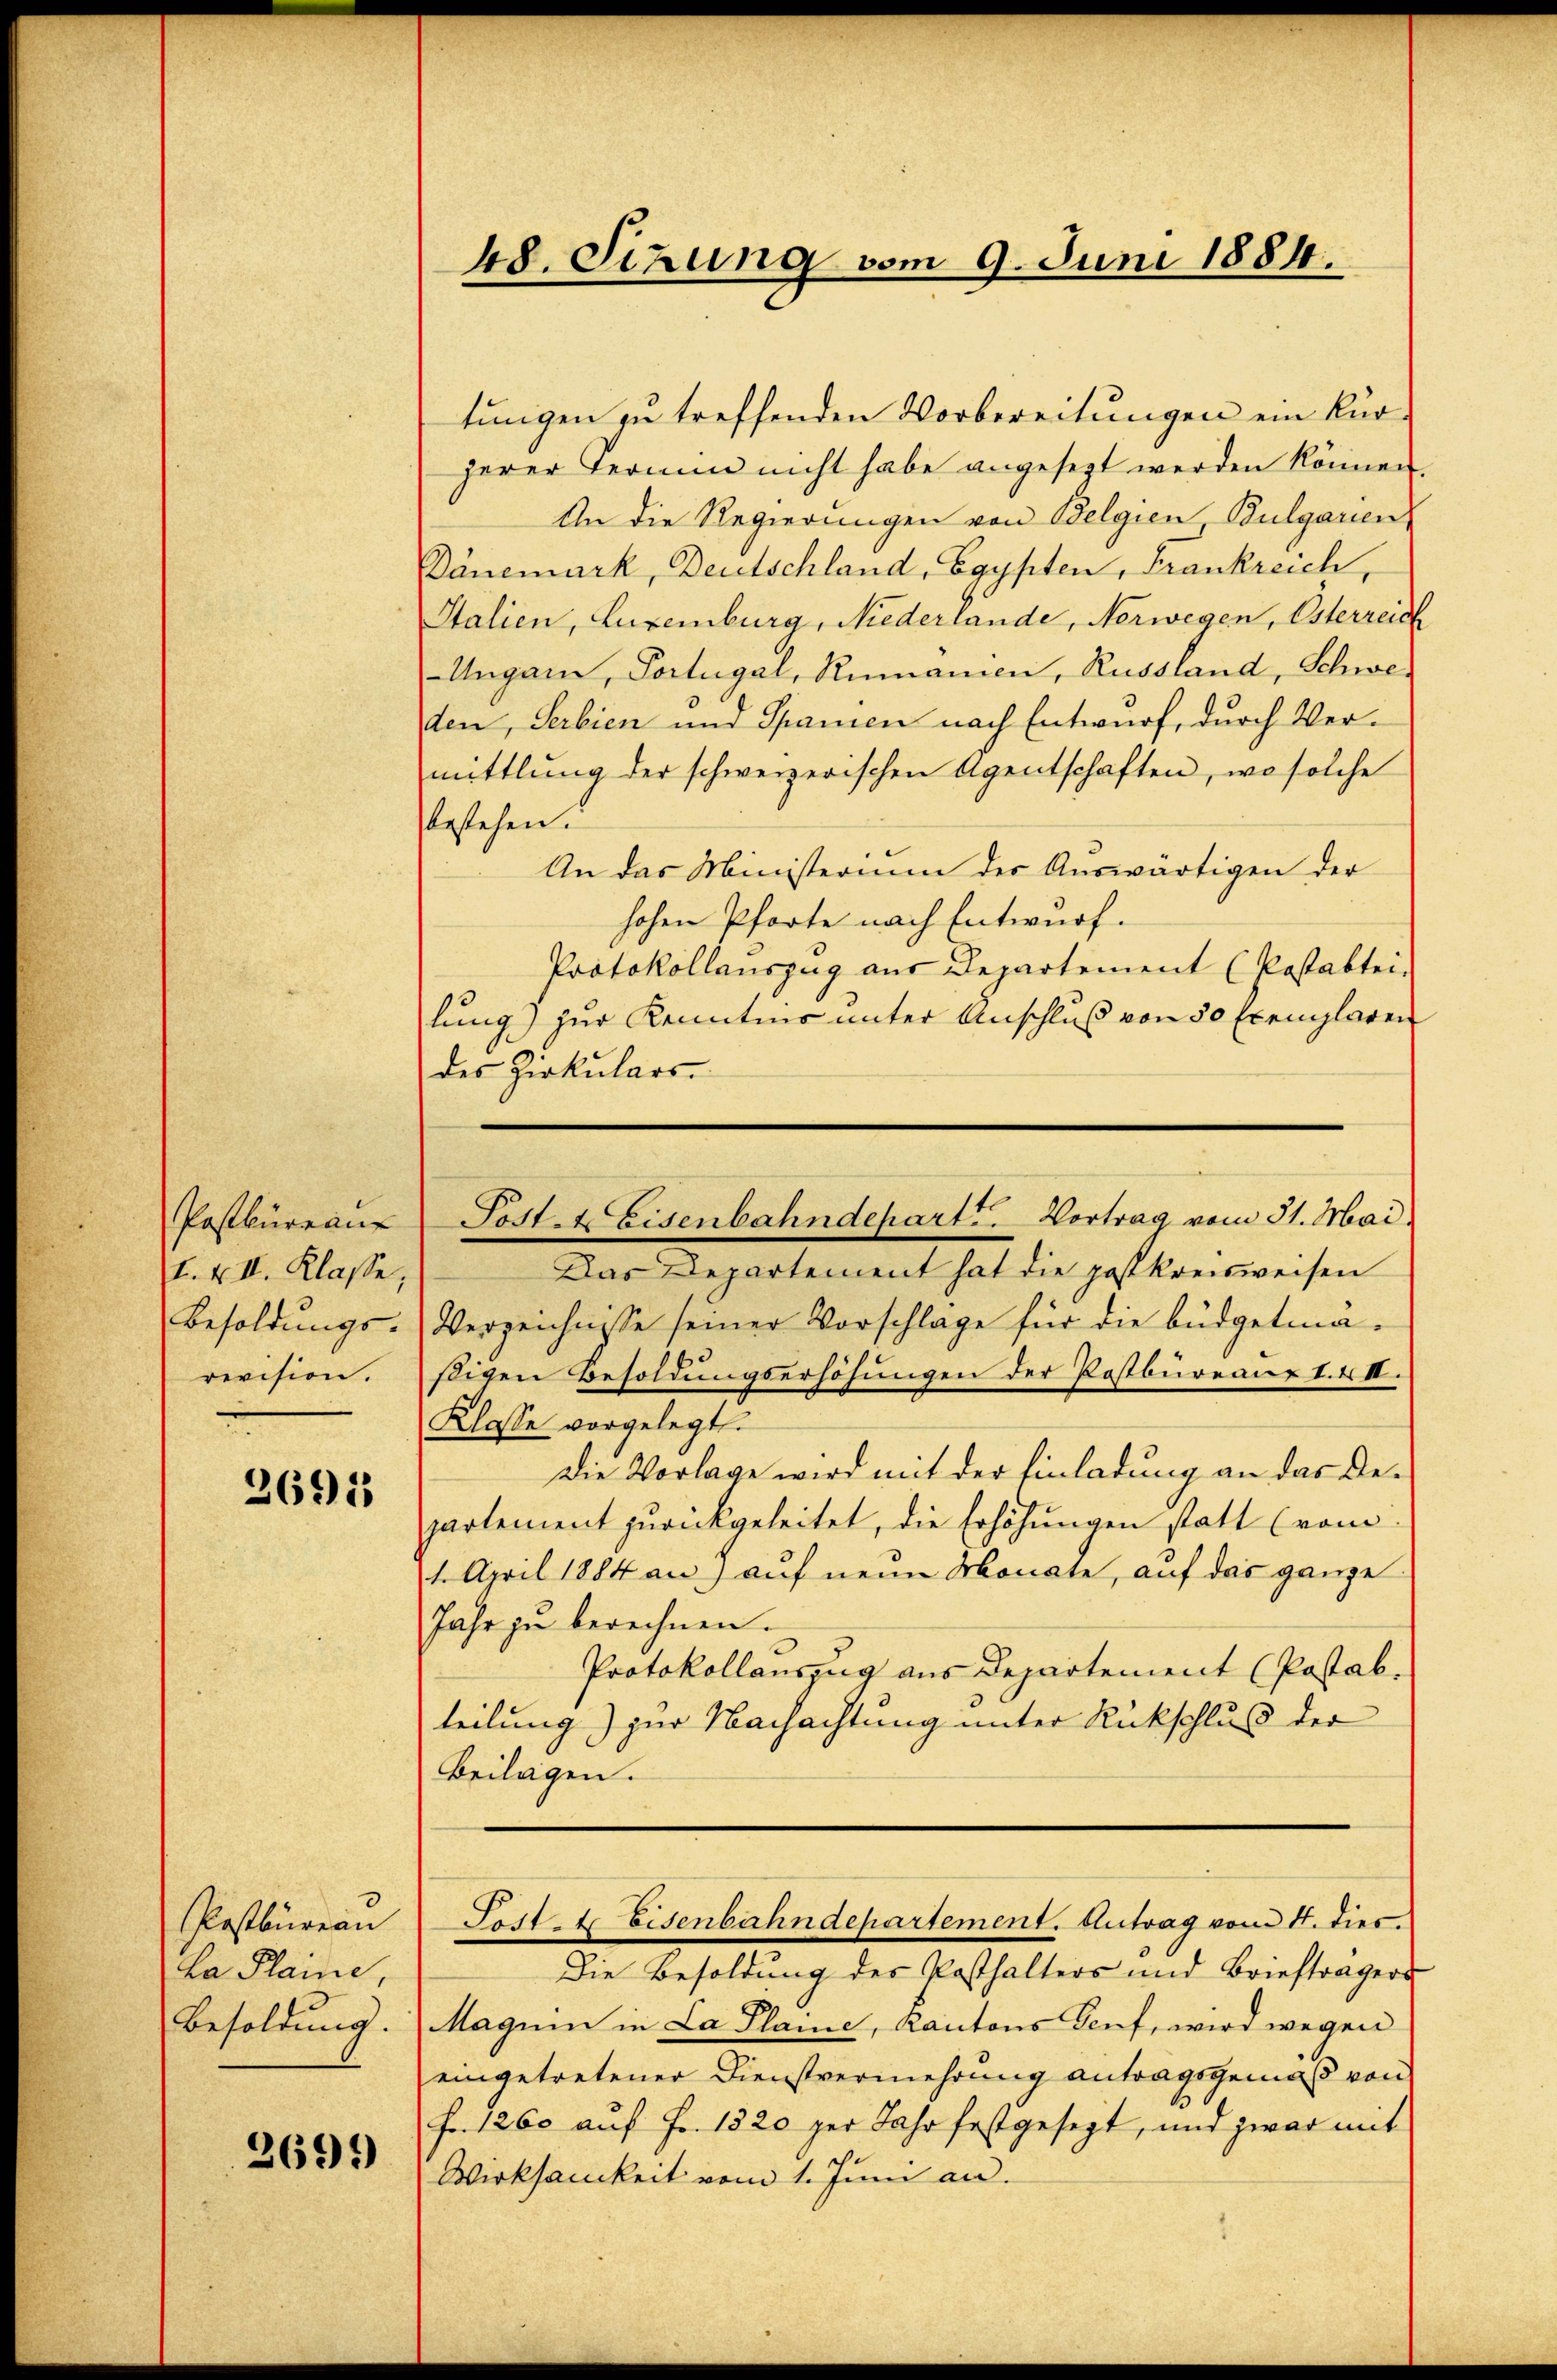
Postbüreau
F. VII. Klasse,
Besoldungs-
revision.

2695

Postbureau
ka Plaine,
Besoldung.

2699)

48. Sizung vom 9. Juni 1884.

tungen zu treffenden Vorbereitungen ein kürherer Termin nicht habe angesezt werden können.
An die Regierungen von Belgien Bulgarien
Dänemark, Deutschland, Egypten, Frankreich,
Italien, Luxenburg, Niederlande, Norwegen, Esterreich
Ungarn, Portugal, Rumanien, Russland, Schweden, Serbien und Spanien nach Entwurf, durch Vermittlung der schweizerischen Agentschaften, wo solche
bestehen.
An das Ministerium der Auswärtigen der
hohen Pforte nach Entwurf.
Protokollauszug aus Departement (Postabtei-
lung) zur Kenntnis unter Anschluß von 50 Exemplaren
des Zirkulars
Post. Eisenbahndepart. Vortrag vom 31. Mai,
Das Departement hat die paskreisweisen
Verzeichnisse seiner Vorschlage für die büdgetmasigen Besoldungserhöhungen der Postbureaur I. 4. II.
Klasse vorgelegt.
Die Vorlage wird mit der Einladung an das Departement zurückgeleitet, die Erhöhungen statt (vom
21. April 1884 an, auf neun Monate, auf das ganze
Jahr zu berechnen.
Protokollauszug aus Departement (Postab.
teilung) zur Nachachtung unter Rückschluß der
Beilagen.

Die Besoldung des Posthalters und Briefträgers
Magum in La Plane, Kantons Genf, wird wegen
eingetretener Dienstvermehrung antragsgemäß von
Fr. 1260 auf Fr. 1820 per Jahr festgesezt, und zwar mit
Wirksamkeit vom 1. Juni an.

Sost. Eisenbahndepartement. Antrag vom 4. dies.